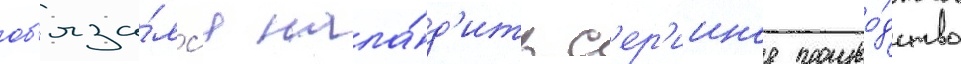
об'яза́лс'я нала́д'ить с'ер'ииное произво́дство